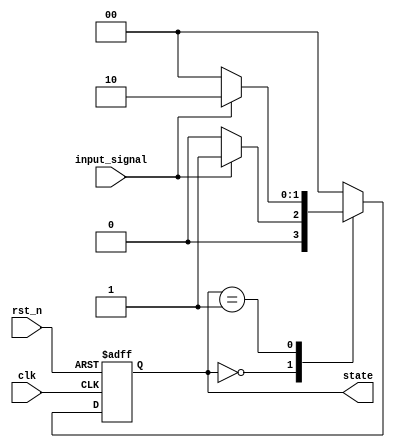
module fsm_example (
    input wire clk,          // Clock signal
    input wire rst_n,       // Active low reset signal
    input wire input_signal, // Input signal to influence state transitions
    output reg [1:0] state   // 2-bit state output
);

// State encoding
localparam STATE_0 = 2'b00;
localparam STATE_1 = 2'b01;
localparam STATE_2 = 2'b10;

// State register
reg [1:0] next_state;

// Always block for state transition and output logic
always @(posedge clk or negedge rst_n) begin
    if (!rst_n) begin
        state <= STATE_0; // Initialize state to STATE_0 on reset
    end else begin
        state <= next_state; // Update state on clock edge
    end
end

// Combinatorial logic for next state determination
always @(*) begin
    case (state)
        STATE_0: begin
            if (input_signal) 
                next_state <= STATE_1; // Transition to STATE_1
            else 
                next_state <= STATE_0; // Stay in STATE_0
        end
        STATE_1: begin
            if (input_signal) 
                next_state <= STATE_2; // Transition to STATE_2
            else 
                next_state <= STATE_0; // Transition back to STATE_0
        end
        STATE_2: begin
            next_state <= STATE_0; // Transition back to STATE_0
        end
        default: next_state <= STATE_0; // Default to STATE_0
    endcase
end

endmodule